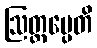
ဩတ္တပ္ပေတိ